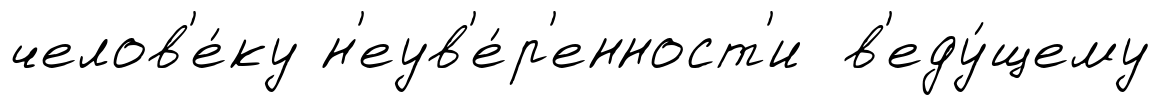
челов'е́ку н'еув'е́р'енност'и в'еду́щему